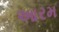
આરમ